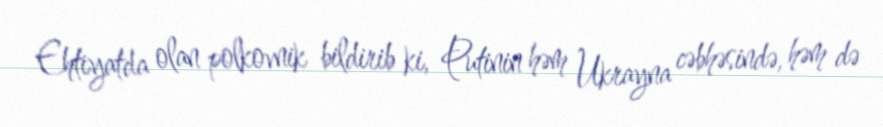
Ehtiyatda olan polkovnik bildirib ki, Putinin həm Ukrayna cəbhəsində, həm də